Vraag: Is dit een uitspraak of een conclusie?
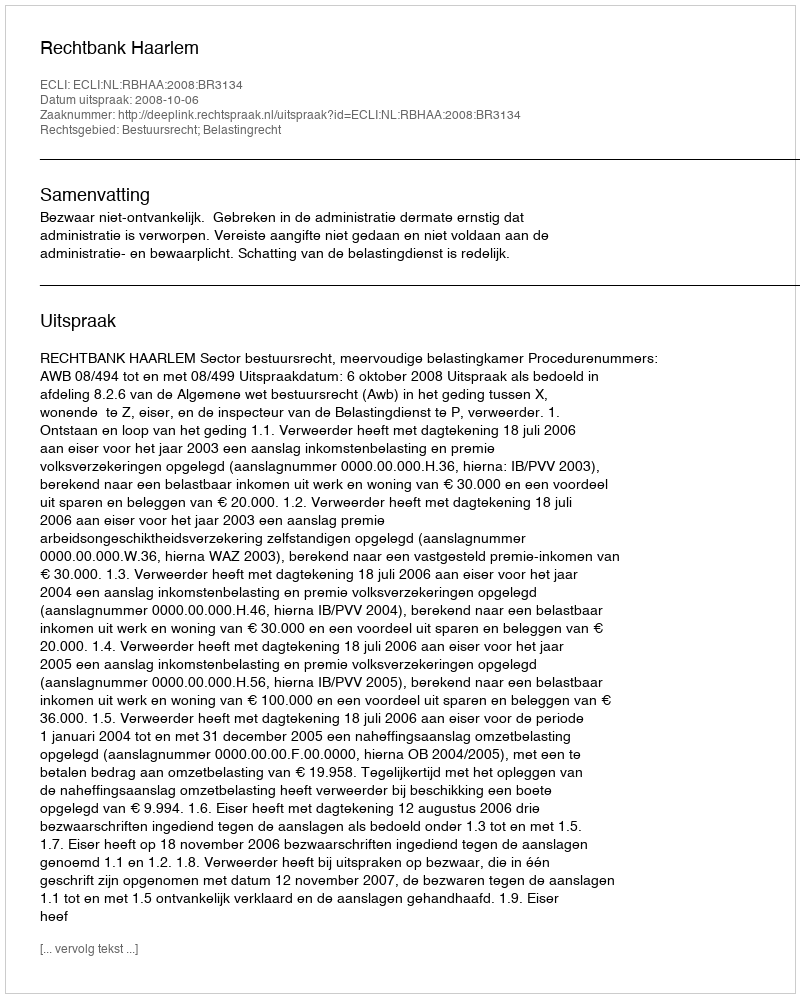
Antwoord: Uitspraak